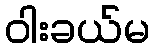
ဝါးခယ်မ